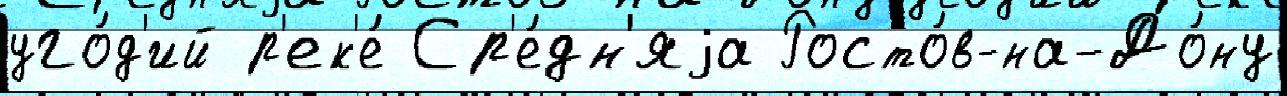
уго́д'ий р'ек'е́ Ср'е́дн'яjа Росто́в-на-До́ну